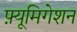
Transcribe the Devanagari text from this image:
फ़्यूमिगेशन